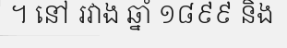
។ នៅ រវាង ឆ្នាំ ១៨៩៩ និង